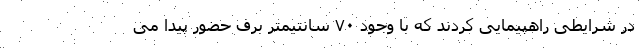
در شرایطی راهپیمایی کردند که با وجود ۷۰ سانتیمتر برف حضور پیدا می